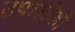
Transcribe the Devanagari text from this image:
उपालीही